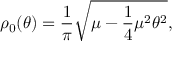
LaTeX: \rho _ { 0 } ( \theta ) = \frac { 1 } { \pi } \sqrt { \mu - \frac { 1 } { 4 } \mu ^ { 2 } \theta ^ { 2 } } ,